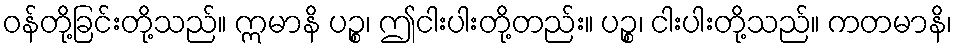
ဝန်တို့ခြင်းတို့သည်။ ဣမာနိ ပဉ္စ၊ ဤငါးပါးတို့တည်း။ ပဉ္စ၊ ငါးပါးတို့သည်။ ကတမာနိ၊